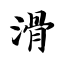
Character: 滑